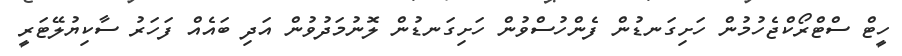
ހީޓް ސްޓްރޯކްޖެހުމުން ހަށިގަނޑުން ފެންހުސްވުން ހަށިގަނޑުން ލޮނުމަދުވުން އަދި ބައެއް ފަހަރު ސާކިޔުލޭޓަރީ